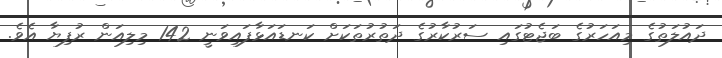
ދައުލަތުގެ މިއަހަރުގެ ބަޖެޓުގައި ސަރުކާރުގެ ދަތުރުތަކަށް ކަނޑައަޅާފައިވަނީ 142 މިލިއަން ރުފިޔާ އެވެ.